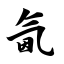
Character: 氤